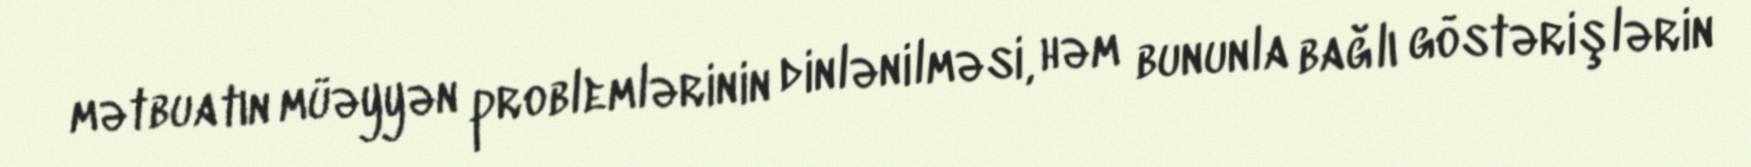
mətbuatın müəyyən problemlərinin dinlənilməsi, həm bununla bağlı göstərişlərin